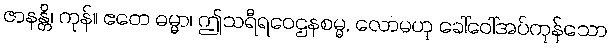
ဇာနန္တိ၊ ကုန်။ ဧတေ ဓမ္မာ၊ ဤသရီရဝေဌနစမ္မ, လောမဟု ခေါ်ဝေါ်အပ်ကုန်သော